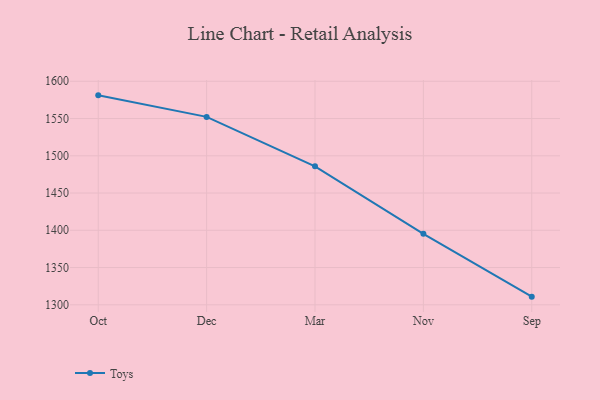
{"axis": {"x": "Month", "y": "Waste Production (Tons)"}, "legend": ["Toys"], "data": [{"x": "Oct", "y": 1581.1, "type": "Toys"}, {"x": "Dec", "y": 1552.2, "type": "Toys"}, {"x": "Mar", "y": 1485.8, "type": "Toys"}, {"x": "Nov", "y": 1395.3, "type": "Toys"}, {"x": "Sep", "y": 1310.9, "type": "Toys"}]}